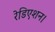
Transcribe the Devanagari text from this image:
रेडिएशन।